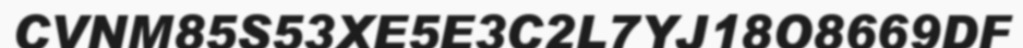
CVNM85S53XE5E3C2L7YJ18O8669DF